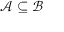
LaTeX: { \mathcal { A } } \subseteq { \mathcal { B } }